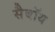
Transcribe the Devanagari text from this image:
सैबॉथ